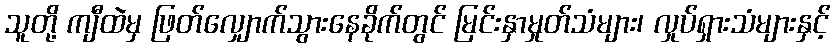
သူတို့ ကျီထဲမှ ဖြတ်လျှောက်သွားနေခိုက်တွင် မြင်းနှာမှုတ်သံများ၊ လှုပ်ရှားသံများနှင့်